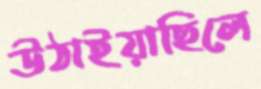
উঠাইয়াছিলে